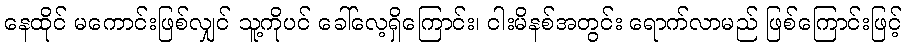
နေထိုင် မကောင်းဖြစ်လျှင် သူ့ကိုပင် ခေါ်လေ့ရှိကြောင်း၊ ငါးမိနစ်အတွင်း ရောက်လာမည် ဖြစ်ကြောင်းဖြင့်